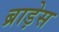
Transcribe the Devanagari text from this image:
ब्राड़ेस